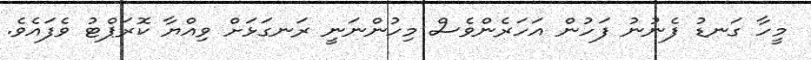
މީހާ ގަނޑު ފެނުނު ފަހުން އަހަރެންވެސް މިހުންނަނީ ރަނގަޅަށް ވިއްޔާ ކޮރަޕްޓު ވެފައެވެ.